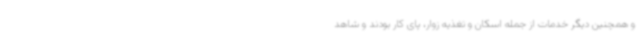
و همچنین دیگر خدمات از جمله اسکان و تغذیه زوار، پای کار بودند و شاهد